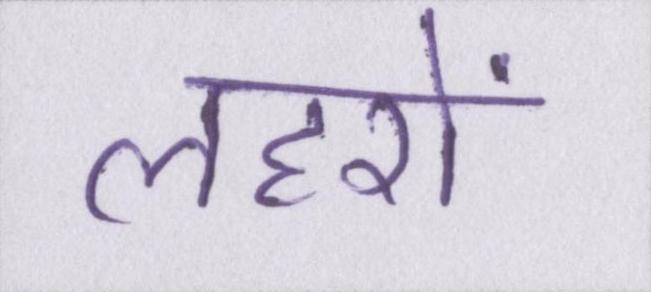
लहरों